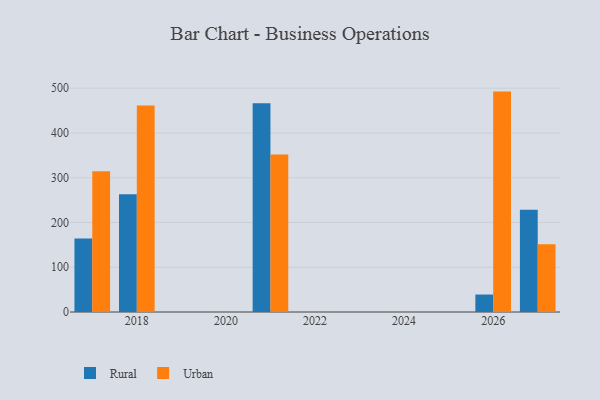
{"axis": {"x": "Year", "y": "Satisfaction Score"}, "legend": ["Rural", "Urban"], "data": [{"x": "2021", "y": 466.3, "type": "Rural"}, {"x": "2021", "y": 351.6, "type": "Urban"}, {"x": "2017", "y": 164.4, "type": "Rural"}, {"x": "2017", "y": 314.5, "type": "Urban"}, {"x": "2018", "y": 263.0, "type": "Rural"}, {"x": "2018", "y": 461.4, "type": "Urban"}, {"x": "2026", "y": 39.0, "type": "Rural"}, {"x": "2026", "y": 492.4, "type": "Urban"}, {"x": "2027", "y": 228.4, "type": "Rural"}, {"x": "2027", "y": 151.5, "type": "Urban"}]}